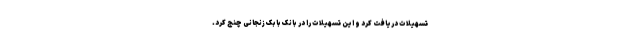
تسهیلات دریافت کرد و این تسهیلات را در بانک بابک زنجانی چنج کرد.